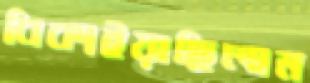
বিকাইয়াছিলাম